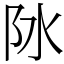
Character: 阥